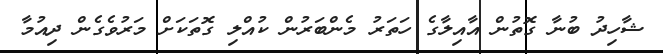
ޝާހިދު ބުނާ ގޮތުން އާއިލާގެ ހަތަރު މެންބަރުން ކުއްލި ގޮތަކަށް މަރުވެގެން ދިއުމާ